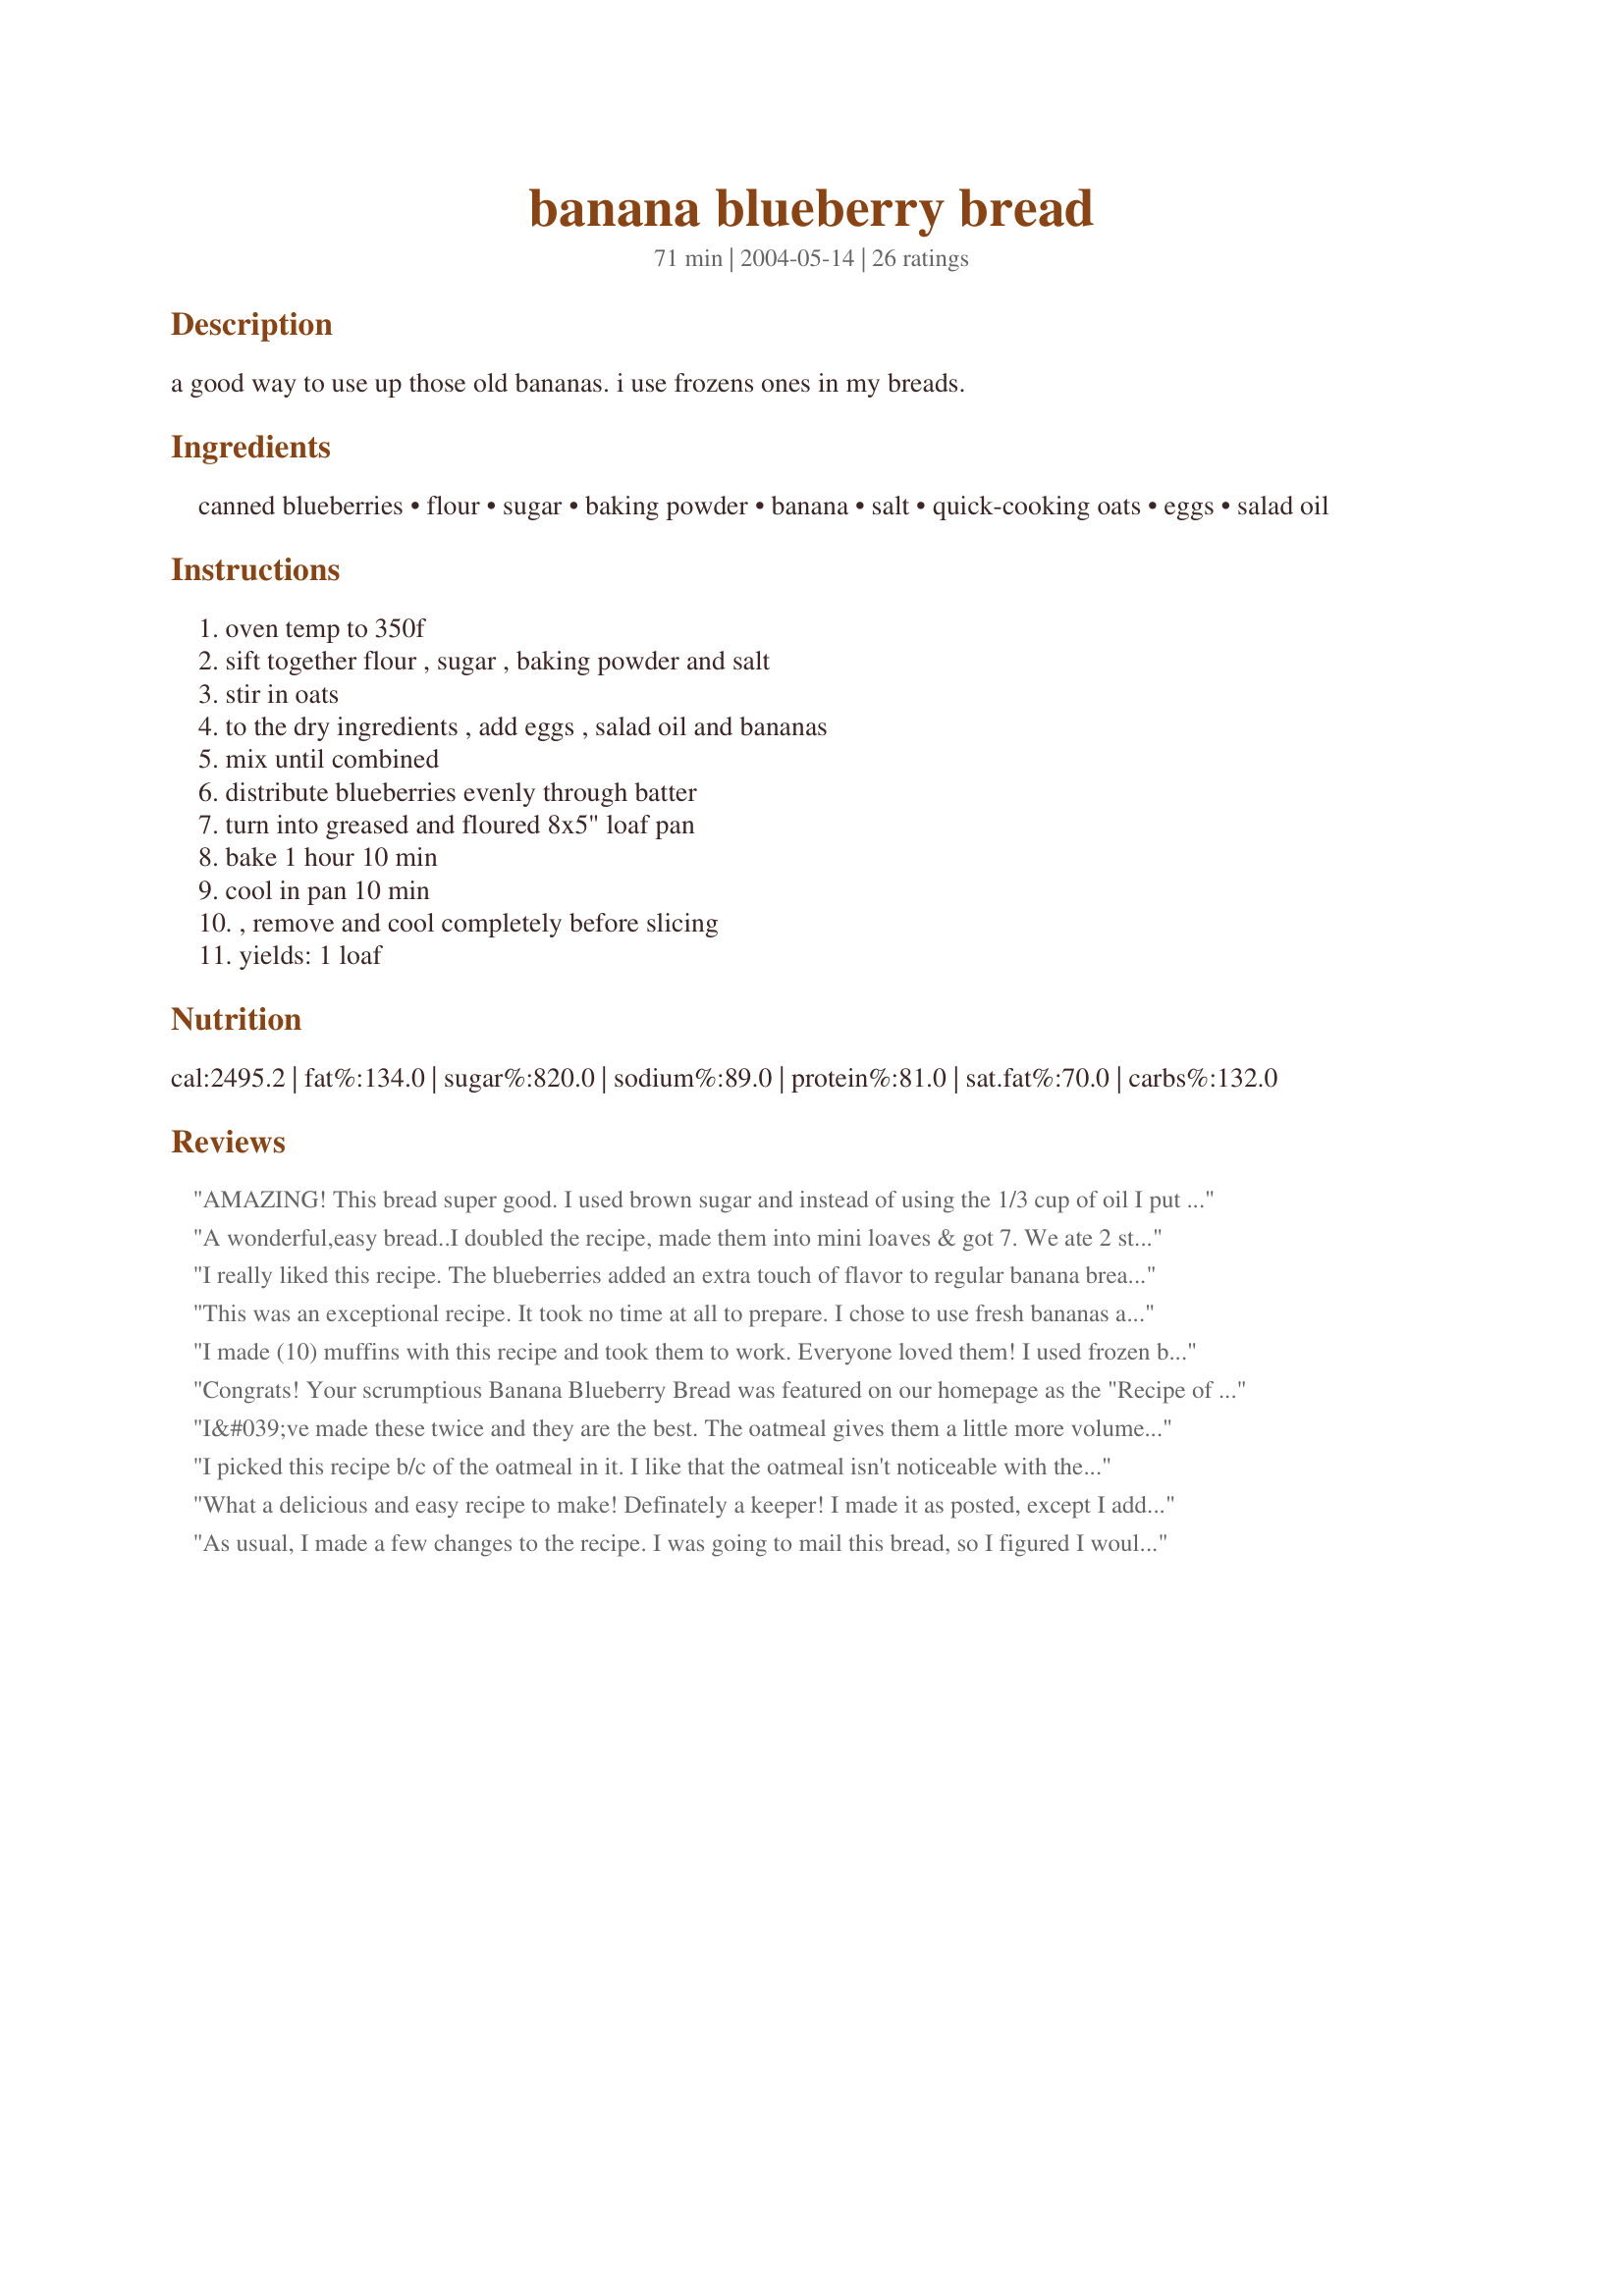
banana blueberry bread
Preparation time: 71 minutes

a good way to use up those old bananas. i use frozens ones in my breads.

Ingredients:
canned blueberries, flour, sugar, baking powder, banana, salt, quick-cooking oats, eggs, salad oil

Steps:
oven temp to 350f, sift together flour , sugar , baking powder and salt, stir in oats, to the dry ingredients , add eggs , salad oil and bananas, mix until combined, distribute blueberries evenly through batter, turn into greased and floured 8x5" loaf pan, bake 1 hour 10 min, cool in pan 10 min, , remove and cool completely before slicing, yields: 1 loaf

Reviews:
AMAZING! This bread super good. I used brown sugar and instead of using the 1/3 cup of oil I put half apple sauce and half of the oil. Thank you so much for the recipe :)
A wonderful,easy bread..I doubled the recipe, made them into mini loaves & got 7. We ate 2 still warm & they were moist & full of blueberries. I really love recipes that are healthy like this. Thanks
I really liked this recipe. The blueberries added an extra touch of flavor to regular banana bread. But, overall, had mixed reviews from others who would rather have regular banana bread, hence the 4 star review. Guess it's just a difference in tastes.
This was an exceptional recipe. It took no time at all to prepare. I chose to use fresh bananas and fresh blueberries. I coated the blueberries in about a tablespoonful of flour prior to adding them to the batter. This way it kept the bread from turning purple.&lt;br/&gt;This recipe has been added to my collection and I will be making this loaf again very soon. Thank you, Bliss.
I made (10) muffins with this recipe and took them to work. Everyone loved them! I used frozen blueberries and substituted melted butter for part of the oil. I also added a tsp each of oat bran, wheat germ, and orange zest. Very moist and tasty! Thanks for the recipe.
Congrats! Your scrumptious Banana Blueberry Bread was featured on our homepage as the "Recipe of the Day" ! (6/25/11)
I&#039;ve made these twice and they are the best. The oatmeal gives them a little more volume and the ingredients list is shorter than others. Better than the higher rated recipes. I increased the sugar to 3/4 cup to make then a little sweeter.
I picked this recipe b/c of the oatmeal in it. I like that the oatmeal isn't noticeable with the consistency of the bread. The bread isn't "heavy" either. It's not too sweet and not too fattening, which is also a BIG plus. I used 1/2 ww and 1/2 white flour. We all loved it!
What a delicious and easy recipe to make! Definately a keeper! I made it as posted, except I added about a third of a cup of chopped pecans, and made three mini loaves baking them for forty five minutes.
As usual, I made a few changes to the recipe. I was going to mail this bread, so I figured I would take a step out of the process and bake it in a small cookie tin, lined with aluminum foil, which worked out wonderfully. When it is baked and cooled, you just clip any excess foil from the edges and fit the lid on. This way, it's all ready to travel or give as a gift, sealed airtight. It seems that anywhere from about 2/3 to 3/4 full works well, probably about 2/3 full being ideal. I also replaced some of the sugar in this recipe with honey, which helps to add some "shelf time" to the bread before it spoils. I replaced the oil with cooled melted butter and added a tablespoon or two of sour cream. I think this would also be great with some orange zest added, will be on the agenda for next time. :)
THIS STUFF IS GREAT! however, i only gave 4 stars because i made some changes: <br/> i used fresh blueberries, 4 bananas, 2/3 cup of oatmeal.<br/>And i ADDED 1 1/2 tsp vanilla ext, 2 tsp cinnamon, and a few dashes each of ginger powder and chai spice, and a PINCH of nutmeg.<br/>MY apt smelled so good while this was baking! i couldnt wait to taste a slice slatherd with butter and it was well worth the wait! Will deff make again!
Really great bread- everyone seemed to enjoy it. Thanks, Bliss!
It was good, but not great. I liked that the bread was moist and I liked the combo of banana and blueberries. It seemed like it need a tad bit more flavor. Maybe vanilla or a smidge of cinnamon. What I didn't care for was the texture of the oatmeal, although I sure it is much healthier. Family said the break was "OK", so I'm nut sure I'd make it again.
really yummy. I like the way you can vary it. I added a teaspoon of cinnamon and used brown sugar. Thanks to others who suggested flouring frozen berries and also lemon zest. DELICIOUS :-)
Excellent taste and texture. I made 11 muffins out of this recipe instead of 1 loaf. I wasn't sure of cook time due to the change but it was reduced by about half. I used frozen blueberries and 4 very ripe bananas which equaled 1 cup.
Nice moist quick bread. I love the flavor combo of the bananas and blueberries. The oatmeal was a nice addition as well. I only needed 2 large bananas to get a cup of mashed banana. I made mine in a 8x5 glass baking dish lightly coated with cooking spray and floured. It took 1 hour. Thanks for sharing! Nick's Mom
Not too sweet, but I topped it off with clear sugar crystals for extra texture and sweetness
Awesome. Easy to make and the blueberries blend in nicely with the bananas. Family enjoyed this very much as far as I could tell. It was gone the next day!!!
wonderful bread. simple flavors shine through. i love this recipe.
Delicious! I used fresh blueberries in this recipe, using Pam's advice and first coating them with flour (which works beautifully!) The blueberries add a wonderful sweetness to this bread and with the addition of the texture that the oatmeal provides - it is an unbeatable combination! I can easily see adding some finely chopped walnuts to this blend. This is a wonderful bread and bakes up every bit as beautifully as Pam's photos! Thanks, Bliss!
I subbed Splenda for the sugar and No Salt instead of regular, because of hubby's health and we were very pleased with the results. The blueberry.banana combo is very tasty!! I will make this again. Thanks, Bliss!
Very EASY to make & TASTY!!
The perfect balance between bananas and blueberries! A really deicious bread for breakfast or dessert. I used frozen blueberries. I used a trick I've read in other recipes - to coat the frozen berries with flour before mixing them in the batter...this keeps them from sinking to the bottom...and as you can see - it works! A keeper recipe for sure.
I have made this recipe several times. I have added a half cup of walnuts which is nice and the recipe doubles beautifully! Thank you for posting it!
The blueberry/banana combination yielded a very moist loaf. Used less sugar and egg substitute without a problem. The oats were a very nice touch and next time I would probably add some walnuts. thank you Bliss for sharing the recipe.
This is a very easy and tasty cake.I am hopeless when it comes to baking but it came out beautifully soft and moist.I added a touch of cinnamon and next time I will also add some walnuts.Thank you for posting this lovely recipe.
